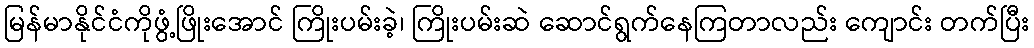
မြန်မာနိုင်ငံကိုဖွံ့ဖြိုးအောင် ကြိုးပမ်းခဲ့၊ ကြိုးပမ်းဆဲ ဆောင်ရွက်နေကြတာလည်း ကျောင်း တက်ပြီး